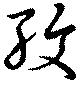
孜